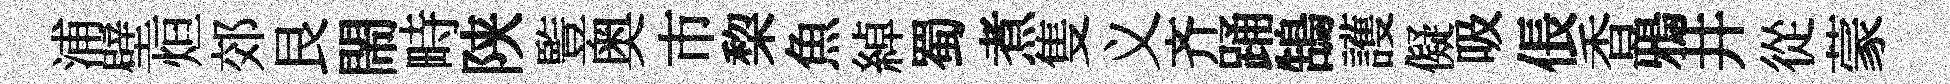
浦壁烜郊艮閙畤陕䜿奥市棃魚綽蜀煮隻义齐踊鵠護儗吸倀香鴉井從蒙